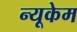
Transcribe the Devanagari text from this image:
न्यूकेम